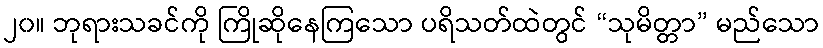
၂၀။ ဘုရားသခင်ကို ကြိုဆိုနေကြသော ပရိသတ်ထဲတွင် “သုမိတ္တာ” မည်သော